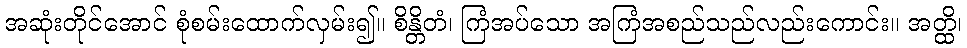
အဆုံးတိုင်အောင် စုံစမ်းထောက်လှမ်း၍။ စိန္တိတံ၊ ကြံအပ်သော အကြံအစည်သည်လည်းကောင်း။ အတ္ထိ၊